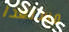
مستعدا